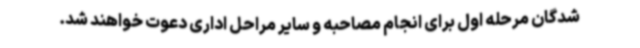
شدگان مرحله اول برای انجام مصاحبه و سایر مراحل اداری دعوت خواهند شد.